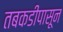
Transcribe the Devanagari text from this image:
तबकडीपासून